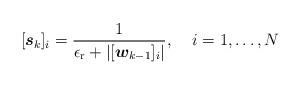
LaTeX: \begin{align*}[\boldsymbol{s}_k]_i = \frac{1}{\epsilon_{\rm r} + |[\boldsymbol{w}_{k-1}]_i |}, \;\;\;\; i = 1, \hdots, N\end{align*}